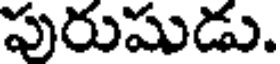
పురుషుడు.